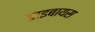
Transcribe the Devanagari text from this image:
डाइबायस